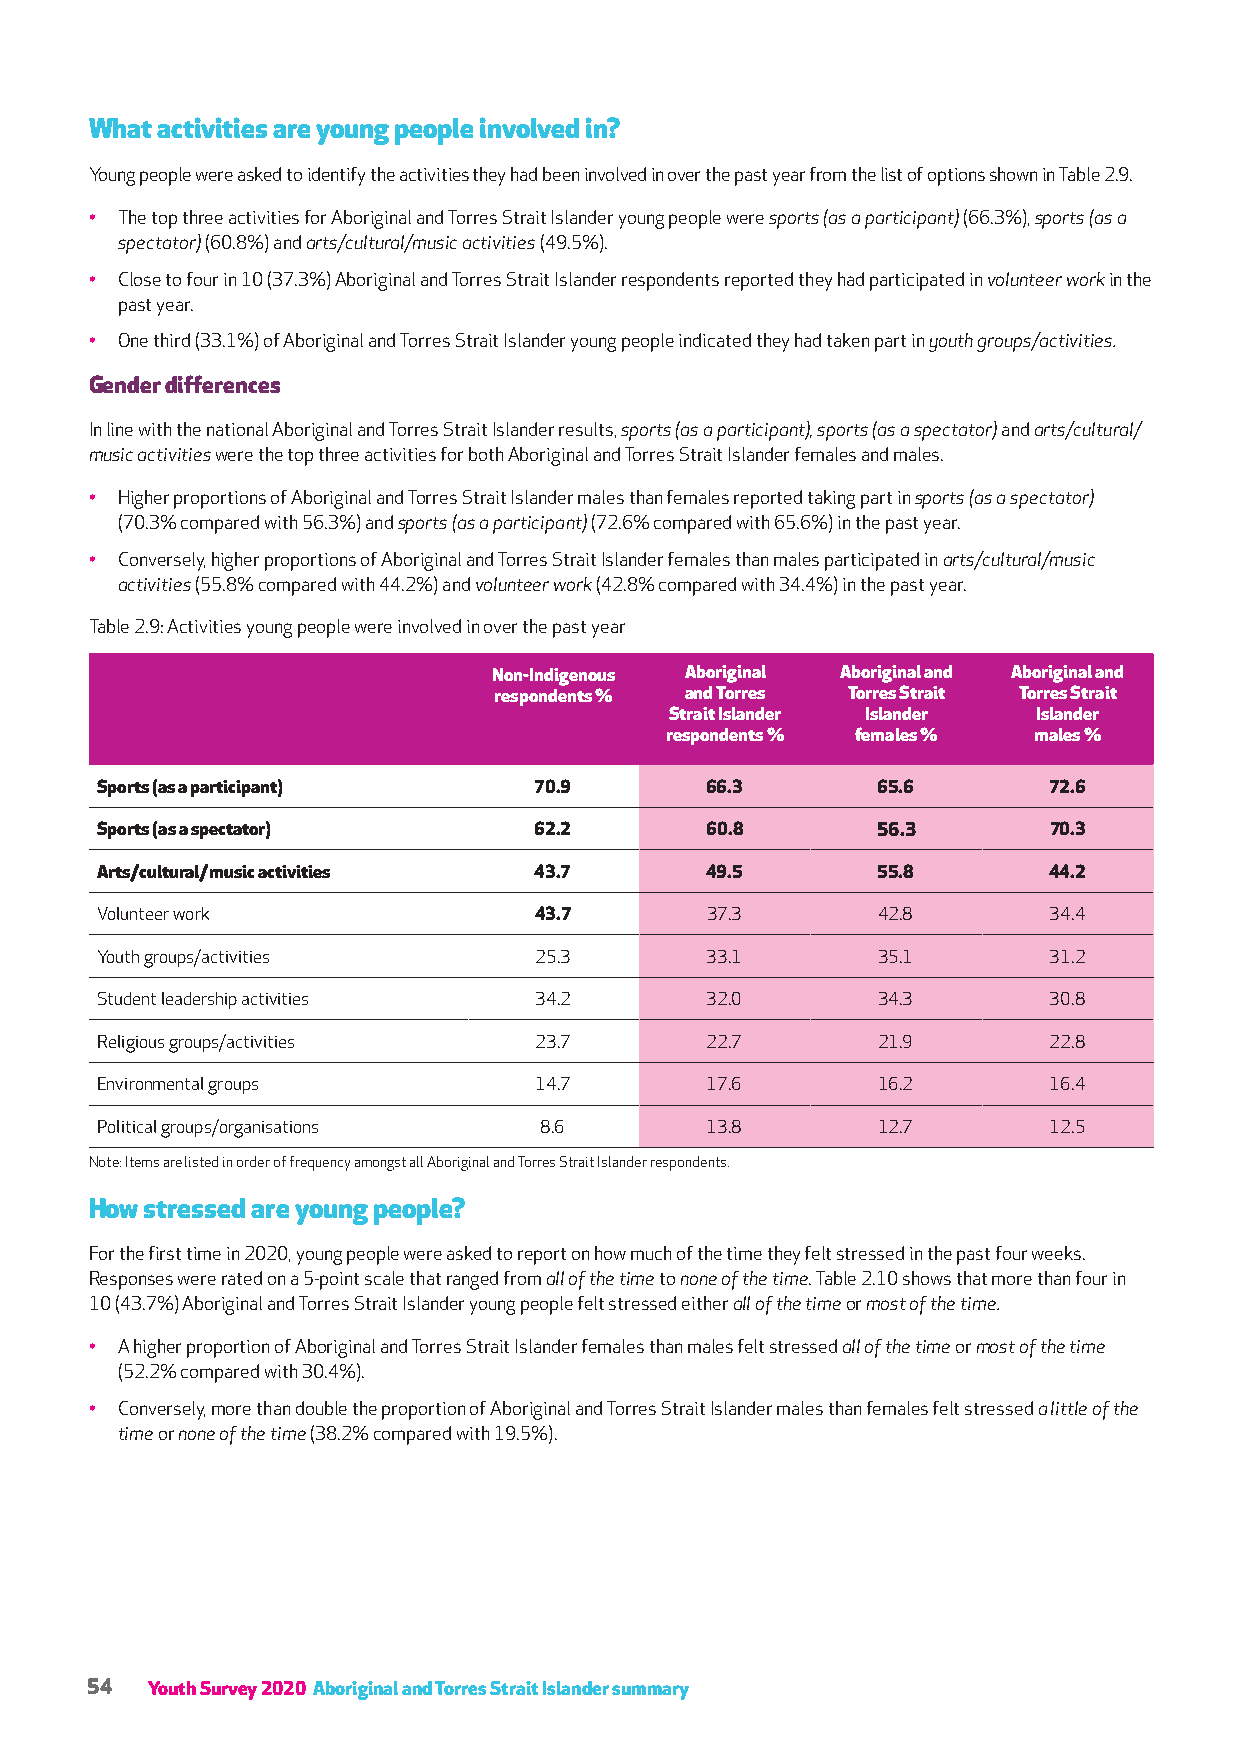
What activities are young people involved in?
 Young people were asked to identify the activities they had been involved in over the past year from the list of options shown in Table 2.9.
 • The top three activities for Aboriginal and Torres Strait Islander young people were sports (as a participant) (66.3%), sports (as a
 spectator) (60.8%) and arts/cultural/music activities (49.5%).
 • Close to four in 10 (37.3%) Aboriginal and Torres Strait Islander respondents reported they had participated in volunteer work in the
 past year.
 • One third (33.1%) of Aboriginal and Torres Strait Islander young people indicated they had taken part in youth groups/activities.
 Gender differences
 In line with the national Aboriginal and Torres Strait Islander results, sports (as a participant), sports (as a spectator) and arts/cultural/
 music activities were the top three activities for both Aboriginal and Torres Strait Islander females and males.
 • Higher proportions of Aboriginal and Torres Strait Islander males than females reported taking part in sports (as a spectator)
 (70.3% compared with 56.3%) and sports (as a participant) (72.6% compared with 65.6%) in the past year.
 • Conversely, higher proportions of Aboriginal and Torres Strait Islander females than males participated in arts/cultural/music
 activities (55.8% compared with 44.2%) and volunteer work (42.8% compared with 34.4%) in the past year.
 Table 2.9: Activities young people were involved in over the past year
 Non-Indigenous Aboriginal Aboriginal and Aboriginal and
 respondents % and Torres Torres Strait Torres Strait
 Strait Islander Islander Islander
 respondents % females % males %
 Sports (as a participant)    70.9        66.3       65.6       72.6
 Sports (as a spectator)      62.2        60.8       56.3       70.3
 Arts/cultural/music activities 43.7      49.5       55.8       44.2
 Volunteer work               43.7        37.3       42.8       34.4
 Youth groups/activities      25.3        33.1       35.1       31.2
 Student leadership activities 34.2       32.0       34.3       30.8
 Religious groups/activities  23.7        22.7       21.9       22.8
 Environmental groups         14.7        17.6       16.2       16.4
 Political groups/organisations 8.6       13.8       12.7       12.5
 Note: Items are listed in order of frequency amongst all Aboriginal and Torres Strait Islander respondents.
 How stressed are young people?
 For the first time in 2020, young people were asked to report on how much of the time they felt stressed in the past four weeks.
 Responses were rated on a 5-point scale that ranged from all of the time to none of the time. Table 2.10 shows that more than four in
 10 (43.7%) Aboriginal and Torres Strait Islander young people felt stressed either all of the time or most of the time.
 • A higher proportion of Aboriginal and Torres Strait Islander females than males felt stressed all of the time or most of the time
 (52.2% compared with 30.4%).
 • Conversely, more than double the proportion of Aboriginal and Torres Strait Islander males than females felt stressed a little of the
 time or none of the time (38.2% compared with 19.5%).
 54  Youth Survey 2020 Aboriginal and Torres Strait Islander summary